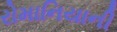
રોમાનિયાની